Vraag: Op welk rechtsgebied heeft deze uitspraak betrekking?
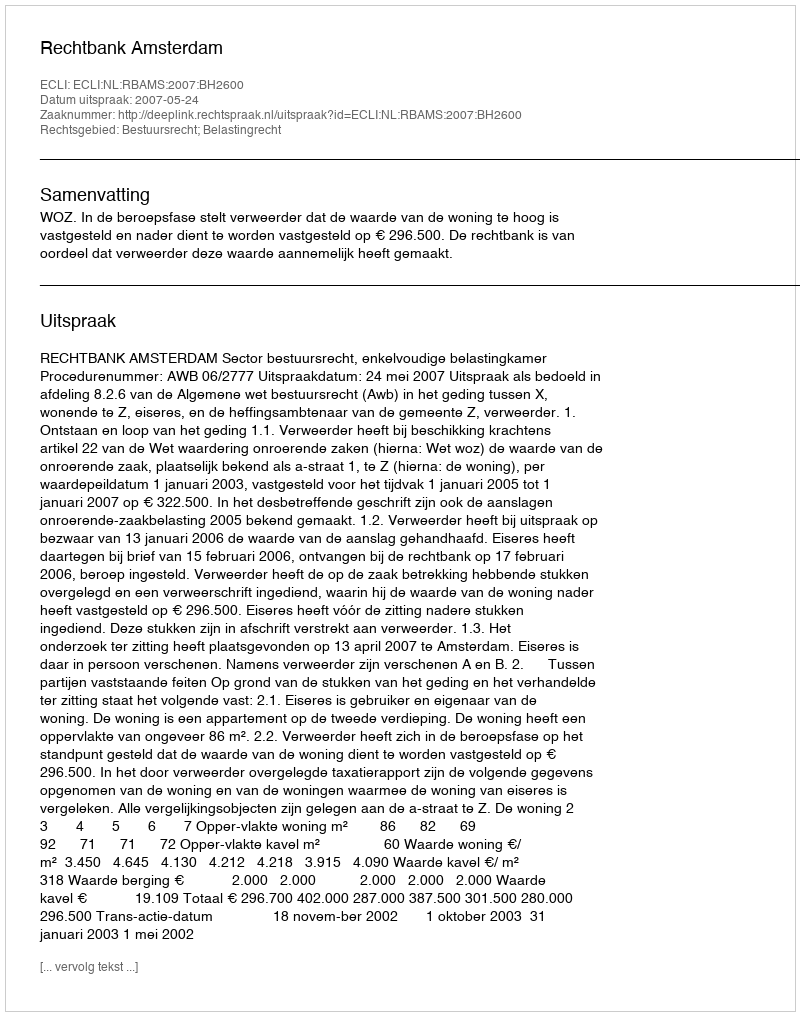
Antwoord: Bestuursrecht; Belastingrecht